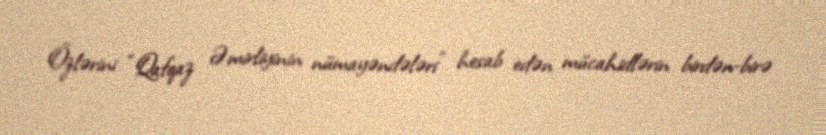
Özlərini “Qafqaz Əmirliyinin nümayəndələri” hesab edən mücahidlərin birdən-birə